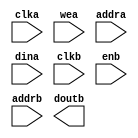
module blk_mem_gen_v4_3(
	clka,
	wea,
	addra,
	dina,
	clkb,
	enb,
	addrb,
	doutb);


input clka;
input [0 : 0] wea;
input [10 : 0] addra;
input [15 : 0] dina;
input clkb;
input enb;
input [10 : 0] addrb;
output [15 : 0] doutb;

// synthesis translate_off

      BLK_MEM_GEN_V4_3 #(
		.C_ADDRA_WIDTH(11),
		.C_ADDRB_WIDTH(11),
		.C_ALGORITHM(1),
		.C_BYTE_SIZE(9),
		.C_COMMON_CLK(0),
		.C_DEFAULT_DATA("0"),
		.C_DISABLE_WARN_BHV_COLL(0),
		.C_DISABLE_WARN_BHV_RANGE(0),
		.C_FAMILY("spartan3"),
		.C_HAS_ENA(0),
		.C_HAS_ENB(1),
		.C_HAS_INJECTERR(0),
		.C_HAS_MEM_OUTPUT_REGS_A(0),
		.C_HAS_MEM_OUTPUT_REGS_B(0),
		.C_HAS_MUX_OUTPUT_REGS_A(0),
		.C_HAS_MUX_OUTPUT_REGS_B(0),
		.C_HAS_REGCEA(0),
		.C_HAS_REGCEB(0),
		.C_HAS_RSTA(0),
		.C_HAS_RSTB(0),
		.C_HAS_SOFTECC_INPUT_REGS_A(0),
		.C_HAS_SOFTECC_OUTPUT_REGS_B(0),
		.C_INITA_VAL("0"),
		.C_INITB_VAL("0"),
		.C_INIT_FILE_NAME("blk_mem_gen_v4_3.mif"),
		.C_LOAD_INIT_FILE(1),
		.C_MEM_TYPE(1),
		.C_MUX_PIPELINE_STAGES(0),
		.C_PRIM_TYPE(1),
		.C_READ_DEPTH_A(2048),
		.C_READ_DEPTH_B(2048),
		.C_READ_WIDTH_A(16),
		.C_READ_WIDTH_B(16),
		.C_RSTRAM_A(0),
		.C_RSTRAM_B(0),
		.C_RST_PRIORITY_A("CE"),
		.C_RST_PRIORITY_B("CE"),
		.C_RST_TYPE("SYNC"),
		.C_SIM_COLLISION_CHECK("ALL"),
		.C_USE_BYTE_WEA(0),
		.C_USE_BYTE_WEB(0),
		.C_USE_DEFAULT_DATA(0),
		.C_USE_ECC(0),
		.C_USE_SOFTECC(0),
		.C_WEA_WIDTH(1),
		.C_WEB_WIDTH(1),
		.C_WRITE_DEPTH_A(2048),
		.C_WRITE_DEPTH_B(2048),
		.C_WRITE_MODE_A("WRITE_FIRST"),
		.C_WRITE_MODE_B("READ_FIRST"),
		.C_WRITE_WIDTH_A(16),
		.C_WRITE_WIDTH_B(16),
		.C_XDEVICEFAMILY("spartan3e"))
	inst (
		.CLKA(clka),
		.WEA(wea),
		.ADDRA(addra),
		.DINA(dina),
		.CLKB(clkb),
		.ENB(enb),
		.ADDRB(addrb),
		.DOUTB(doutb),
		.RSTA(),
		.ENA(),
		.REGCEA(),
		.DOUTA(),
		.RSTB(),
		.REGCEB(),
		.WEB(),
		.DINB(),
		.INJECTSBITERR(),
		.INJECTDBITERR(),
		.SBITERR(),
		.DBITERR(),
		.RDADDRECC());


// synthesis translate_on

// XST black box declaration
// box_type "black_box"
// synthesis attribute box_type of blk_mem_gen_v4_3 is "black_box"

endmodule